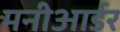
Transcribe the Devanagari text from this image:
मनीआर्डर